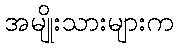
အမျိုးသားများက